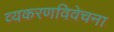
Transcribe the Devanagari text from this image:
व्यकरणविवेचना